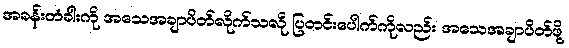
အခန်းတံခါးကို အသေအချာပိတ်လိုက်သလို ပြတင်းပေါက်ကိုလည်း အသေအချာပိတ်ဖို့